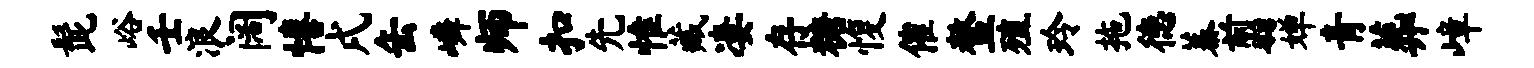
髭峪壬浪阔僖戌缶嶙师扣先惟藏凄存糖愎催鳌殖玲拖德蓁翦婵青葬嶂